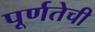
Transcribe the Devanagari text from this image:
पूर्णतेची